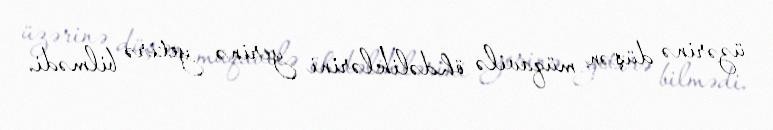
üzərinə düşən müqavilə öhdəliklərini yerinə yetirə bilmədi.